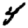
Digit: 4